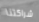
شراكتنا